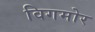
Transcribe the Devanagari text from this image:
विगमोर